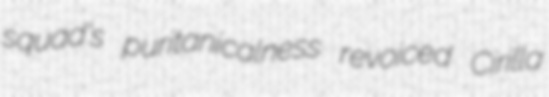
squad's puritanicalness revoiced Cirilla